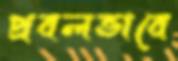
প্রবলভাবে